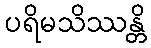
ပရိမသိဿန္တိ